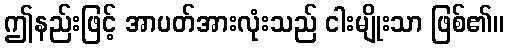
ဤနည်းဖြင့် အာပတ်အားလုံးသည် ငါးမျိုးသာ ဖြစ်၏။